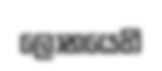
ලෝනයෙහි